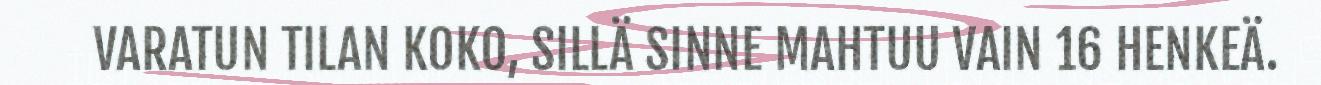
VARATUN TILAN KOKO, SILLÄ SINNE MAHTUU VAIN 16 HENKEÄ.